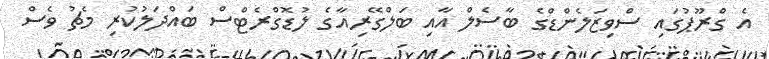
އެ ގްރޫޕުގައި ސްވިޒަލެންޑްގެ ބާސެލް އާއި ބަލްގޭރިއާގެ ލުޑޮގްރެޓްސް ބައްދަލުކުރި މެޗު ވެސް